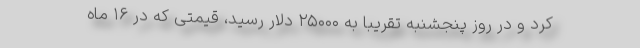
کرد و در روز پنجشنبه تقریباً به ۲۵۰۰۰ دلار رسید، قیمتی که در ۱۶ ماه